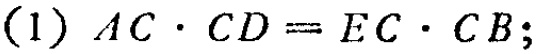
(1) \(AC\cdot CD = EC\cdot CB\);